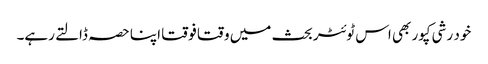
خود رشی کپور بھی اس ٹوئٹر بحث میں وقتا فوقتا اپنا حصہ ڈالتے رہے۔